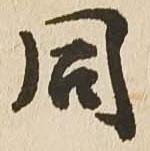
同